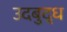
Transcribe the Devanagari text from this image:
उदबुद्ध